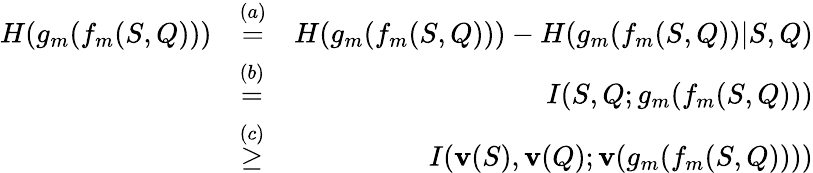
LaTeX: \begin{array}{rlr}{H(g_{m}(f_{m}(S,Q)))}&{\stackrel{(a)}{=}}&{H(g_{m}(f_{m}(S,Q)))-H(g_{m}(f_{m}(S,Q))|S,Q)}\\ &{\stackrel{(b)}{=}}&{I(S,Q;g_{m}(f_{m}(S,Q)))}\\ &{\stackrel{(c)}{\geq}}&{I({\mathbf{v}(S)},{\mathbf{v}(Q)};{\mathbf{v}(g_{m}(f_{m}(S,Q)))})}\end{array}